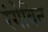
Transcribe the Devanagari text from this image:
रंगेविन